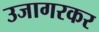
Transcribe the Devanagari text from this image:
उजागरकर